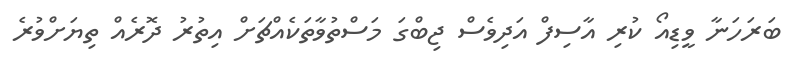
ބަރަހަނާ ވީޑިއޯ ކުރި އާސިފް އަދިވެސް ޖިބްގަ މަސްތުވާތަކެއްޗަށް އިތުރު ދޮރެއް ތިޔަށްވުރެ